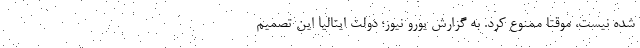
شده نیست، موقتا ممنوع کرد. به گزارش یورو نیوز؛ دولت ایتالیا این تصمیم